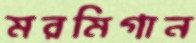
মরমিগান